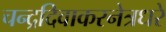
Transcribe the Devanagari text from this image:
चन्द्रदिवाकरनेत्रधरे